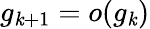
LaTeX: g_{\mathit{k}+1}=o(g_{\mathit{k}})